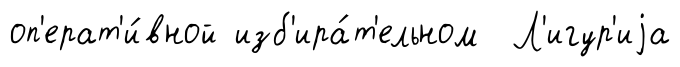
оп'ерат'и́вной изб'ира́т'ельном Л'игур'иjа